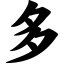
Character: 多